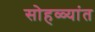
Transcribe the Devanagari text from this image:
सोहळ्यांत